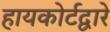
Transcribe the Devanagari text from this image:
हायकोर्टद्वारे